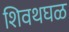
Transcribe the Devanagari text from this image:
शिवथघळ